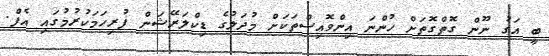
ބީ އަގު ނޫން ގޮތްގޮތަށް ހުންނަ އިންވޮއިސްތަކަށް މުދަލުގެ ޑިކްލަރޭޝަން ފުރިހަމަކުރުމުގައި އެފް.